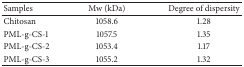
<table><thead><tr><td><b>Samples</b></td><td><b>Mw (kDa)</b></td><td><b>Degree of dispersity</b></td></tr></thead><tbody><tr><td>Chitosan</td><td>1058.6</td><td>1.28</td></tr><tr><td>PML-g-CS-1</td><td>1057.5</td><td>1.35</td></tr><tr><td>PML-g-CS-2</td><td>1053.4</td><td>1.17</td></tr><tr><td>PML-g-CS-3</td><td>1055.2</td><td>1.32</td></tr></tbody></table>